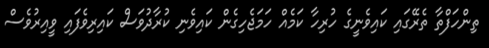
ތިންހަފްތާ ތެރޭގައި ކައިވެނީގެ ހުރިހާ ކަމެއް ހަމަޖެހިގެން ކައިވެނި ކުރާދުވަސް ކައިރިވެފައި ވީއިރުވެސް